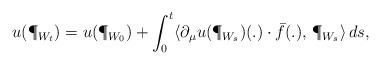
LaTeX: \begin{align*}u(\P_{W_t})=u(\P_{W_0})+\int_0^t\langle \partial_{\mu} u(\P_{W_s})(.)\cdot \bar{f}(.),\,\P_{W_s}\rangle \,ds,\end{align*}